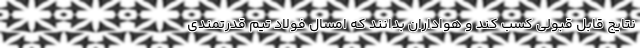
نتایج قابل قبولی کسب کند و هواداران بدانند که امسال فولاد تیم قدرتمندی